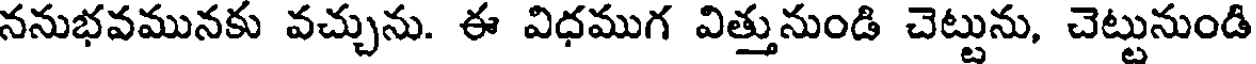
ననుభవమునకు వచ్చును. ఈ విధముగ విత్తునుండి చెట్టును, చెట్టునుండి